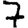
Digit: 7